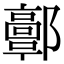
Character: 𨟍